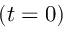
( t = 0 )